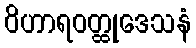
ဝိဟာရဝတ္ထုဒေသနံ